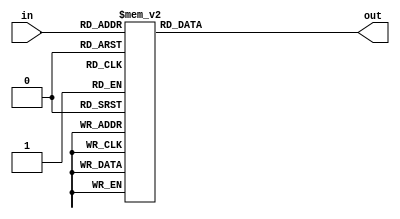
`timescale 1ns / 1ps
//////////////////////////////////////////////////////////////////////////////////
// Company: 
// Engineer: 
// 
// Design Name: 
// Module Name:    add3 
// Project Name: 
// Target Devices: 
// Tool versions: 
// Description: 
//
// Dependencies: 
//
// Revision: 
// Revision 0.01 - File Created
// Additional Comments: 
//
//////////////////////////////////////////////////////////////////////////////////
module add3(in,out);
input [3:0] in;
output [3:0] out;
reg [3:0] out;

always @ (in)
	case (in)
	4'b0000: out = 4'b0000;
	4'b0001: out = 4'b0001;
	4'b0010: out = 4'b0010;
	4'b0011: out = 4'b0011;
	4'b0100: out = 4'b0100;
	4'b0101: out = 4'b1000;
	4'b0110: out = 4'b1001;
	4'b0111: out = 4'b1010;
	4'b1000: out = 4'b1011;
	4'b1001: out = 4'b1100;
	default: out = 4'b0000;
	endcase
endmodule